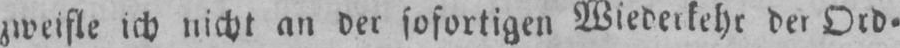
zweifle ich nicht an der sofortigen Wiederkehr der Ord⸗